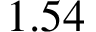
1 . 5 4